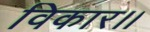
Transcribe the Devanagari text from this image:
विकार।।